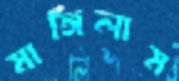
মাঙ্গিলাম